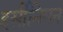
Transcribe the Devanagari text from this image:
हर्सीनियन